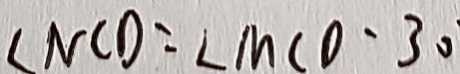
\angle N C D = \angle M C D - 3 0